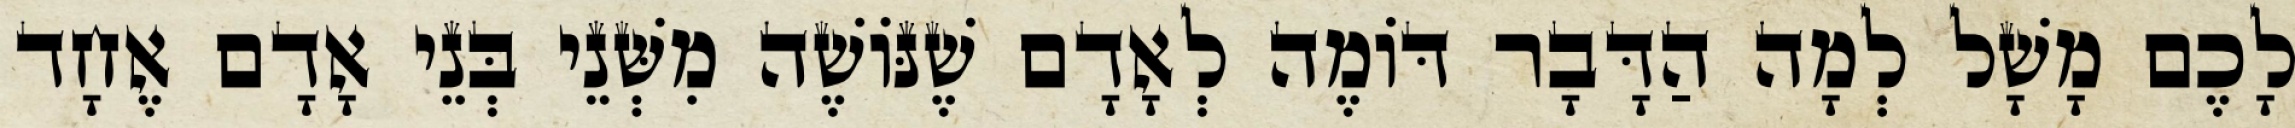
לָכֶם מָשָׁל לְמָה הַדָּבָר דּוֹמֶה לְאָדָם שֶׁנּוֹשֶׁה מִשְּׁנֵי בְּנֵי אָדָם אֶחָד